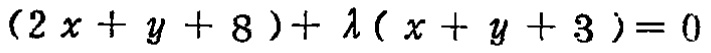
\((2x + y + 8)+\lambda(x + y + 3)=0\)